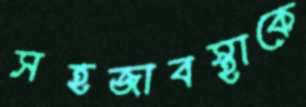
সহজাবস্থাকে